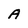
Character: A